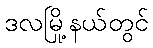
ဒလမြို့နယ်တွင်